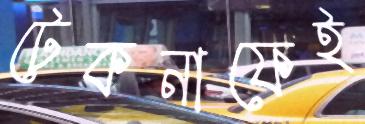
টেকনাফেই